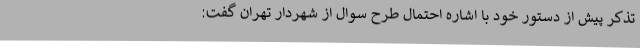
تذکر پیش از دستور خود با اشاره احتمال طرح سوال از شهردار تهران گفت: